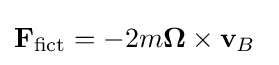
\mathbf {F} _{\mathrm {fict} }=-2m{\boldsymbol {\Omega }}\times \mathbf {v} _{B}\